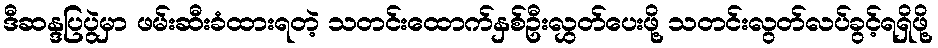
ဒီဆန္ဒပြပွဲမှာ ဖမ်းဆီးခံထားရတဲ့ သတင်းထောက်နှစ်ဦးလွှတ်ပေးဖို့ သတင်းလွတ်လပ်ခွင့်ရရှိဖို့